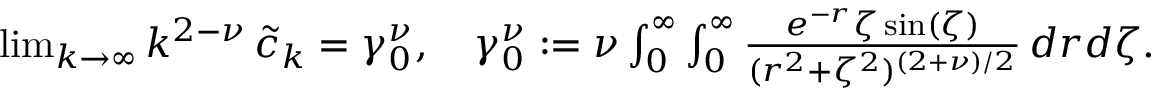
\begin{array} { r } { \operatorname* { l i m } _ { k \to \infty } k ^ { 2 - \nu } \, \widetilde { c } _ { k } = \gamma _ { 0 } ^ { \nu } , \quad \gamma _ { 0 } ^ { \nu } : = \nu \int _ { 0 } ^ { \infty } \int _ { 0 } ^ { \infty } \frac { e ^ { - r } \zeta \sin ( \zeta ) } { ( r ^ { 2 } + \zeta ^ { 2 } ) ^ { ( 2 + \nu ) / 2 } } \, d r d \zeta . } \end{array}